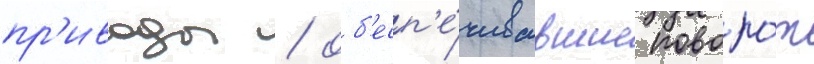
пр'иводы / об'есп'е́чивавшие поворо́т